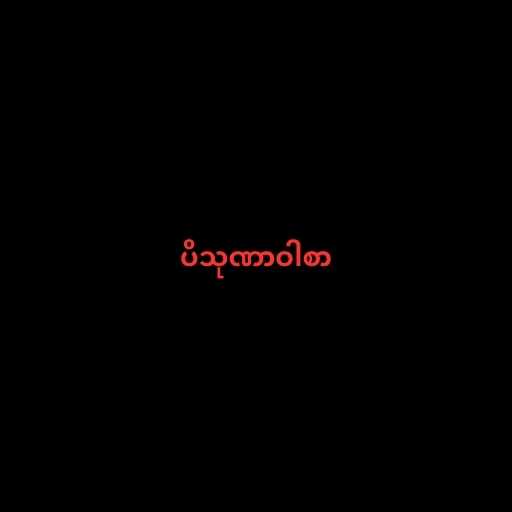
ပိသုဏာဝါစာ